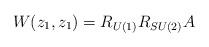
LaTeX: \begin{align*}W(z_1, z_1)=R_{U(1)}R_{SU(2)}A \end{align*}